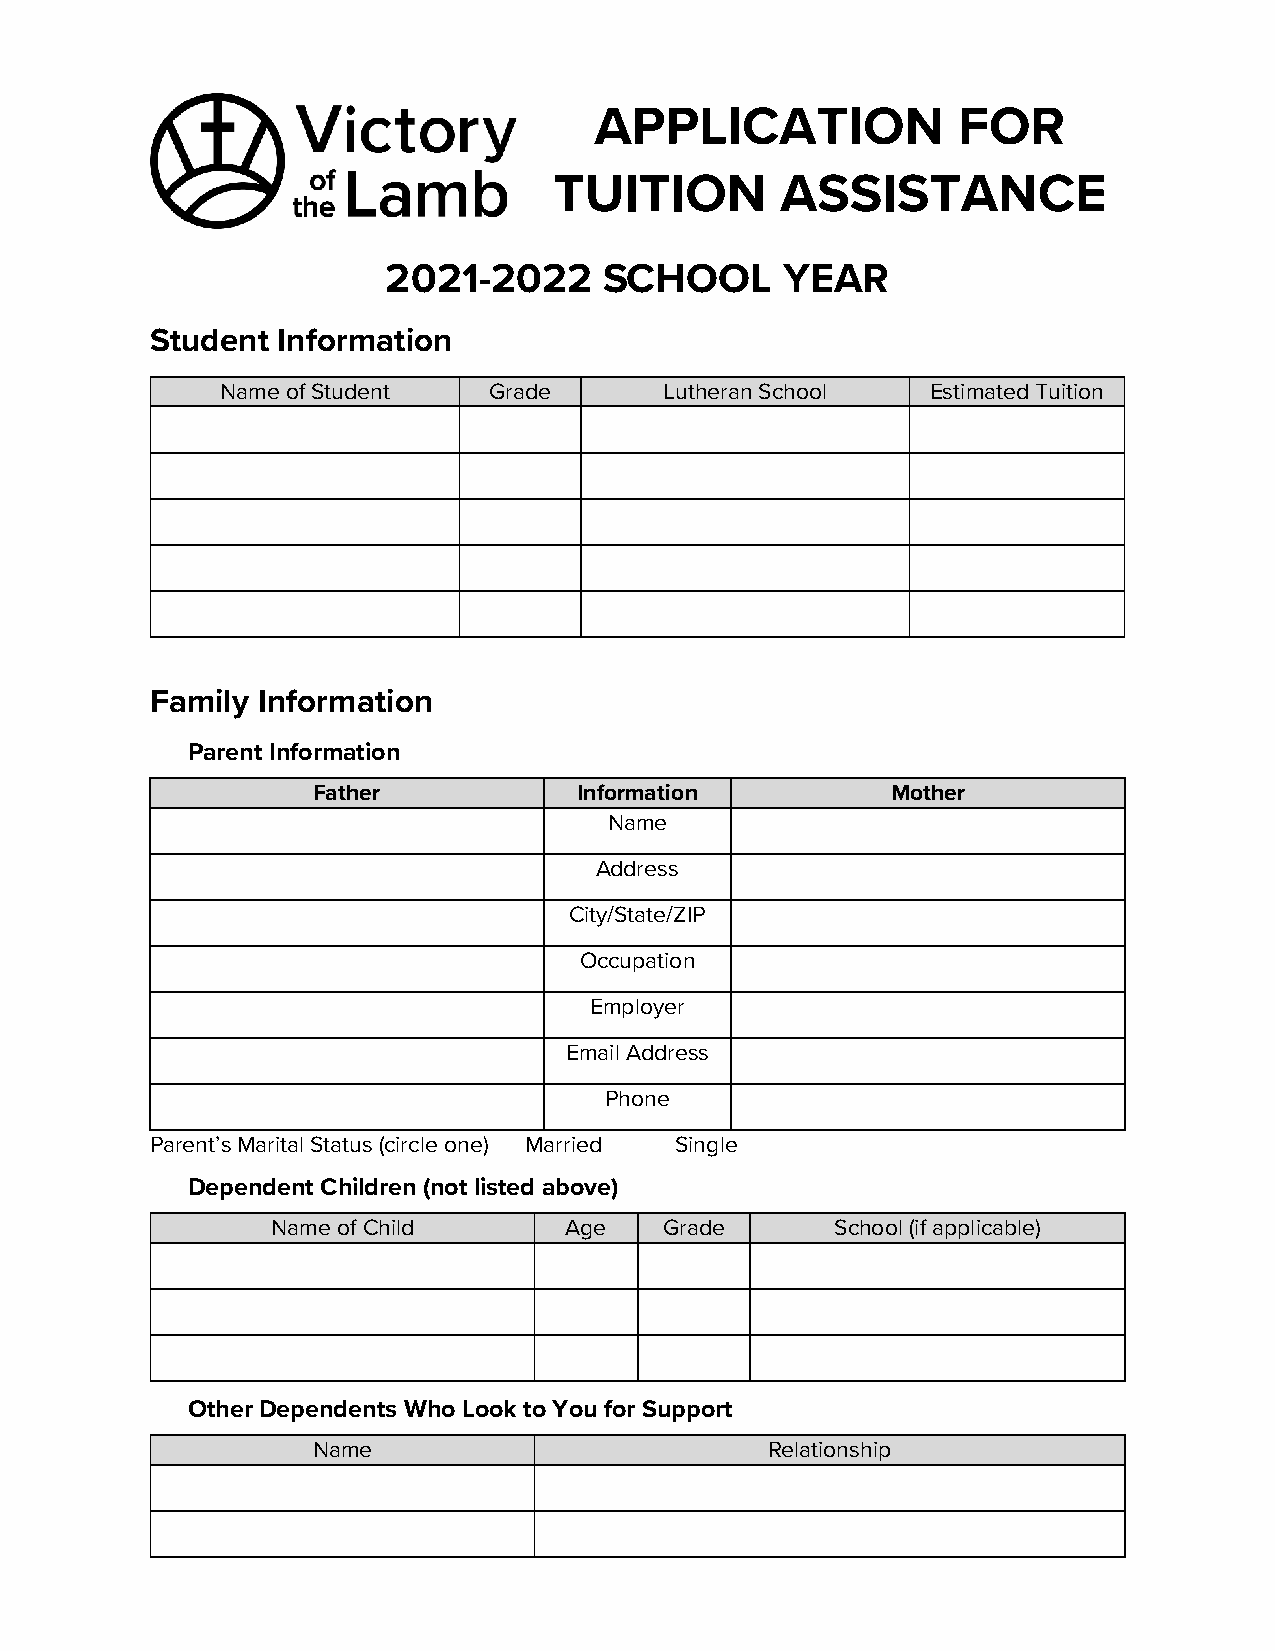
APPLICATION             FOR
 TUITION        ASSISTANCE
 2021-2022     SCHOOL      YEAR
 Student Information
 Name of Student  Grade       Lutheran School   Estimated Tuition
 Family Information
 Parent Information
 Father           Information          Mother
 Name
 Address
 City/State/ZIP
 Occupation
 Employer
 Email Address
 Phone
 Parent’s Marital Status (circle one) Married Single
 Dependent Children (not listed above)
 Name of Child      Age    Grade      School (if applicable)
 Other Dependents Who Look to You for Support
 Name                          Relationship